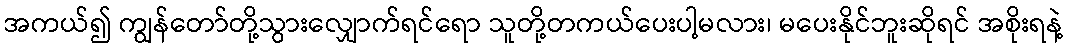
အကယ်၍ ကျွန်တော်တို့သွားလျှောက်ရင်ရော သူတို့တကယ်ပေးပါ့မလား၊ မပေးနိုင်ဘူးဆိုရင် အစိုးရနဲ့